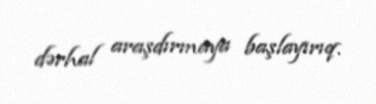
dərhal araşdırmaya başlayırıq.